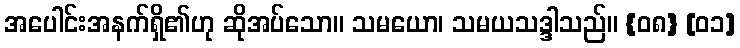
အပေါင်းအနက်ရှိ၏ဟု ဆိုအပ်သော။ သမယော၊ သမယသဒ္ဒါသည်။ {၀၈} [၀၁]